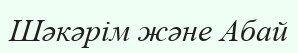
Шәкәрім және Абай